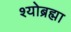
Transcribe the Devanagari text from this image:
श्योब्रह्मा